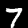
Digit: 7